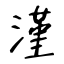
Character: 漌